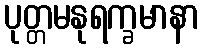
ပုတ္တမနုရက္ခမာနာ